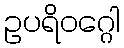
ဥပရိဝဂ္ဂေါ